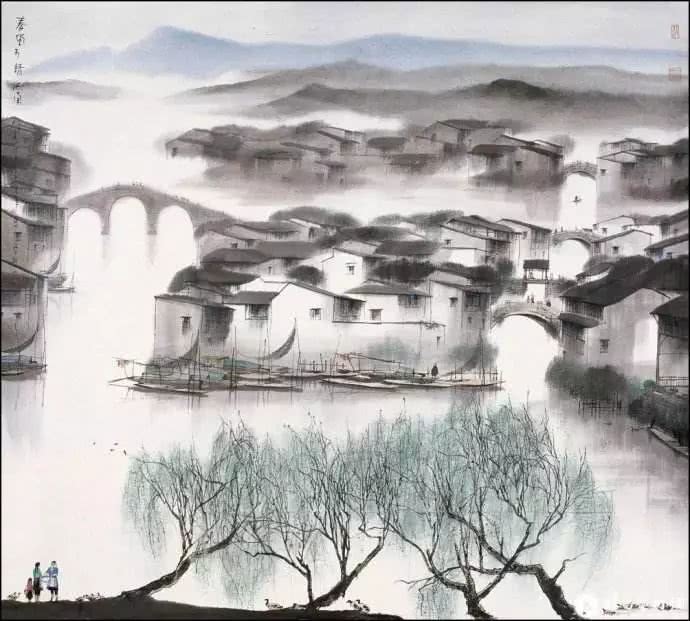
还作江南会，翻疑梦里逢。